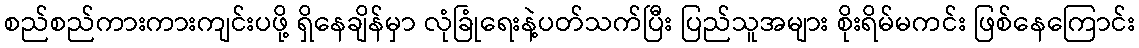
စည်စည်ကားကားကျင်းပဖို့ ရှိနေချိန်မှာ လုံခြုံရေးနဲ့ပတ်သက်ပြီး ပြည်သူအများ စိုးရိမ်မကင်း ဖြစ်နေကြောင်း